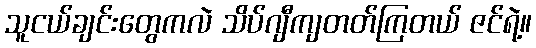
သူငယ်ချင်းတွေကလဲ သိပ်ဂျီကျတတ်ကြတယ် ဇင်ရဲ့။